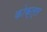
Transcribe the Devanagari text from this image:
कोक्ल्ल